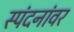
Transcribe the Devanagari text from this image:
स्पंदनांवर